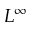
L ^ { \infty }